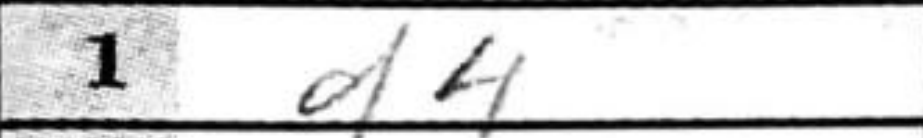
Transcription: d4